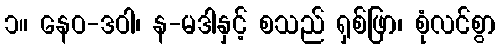
၁။ နေဝ-ဒဝါ၊ န-မဒါနှင့် စသည် ရှစ်ဖြာ၊ စုံလင်စွာ